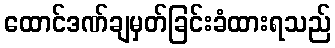
ထောင်ဒဏ်ချမှတ်ခြင်းခံထားရသည်